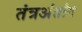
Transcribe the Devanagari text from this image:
तंत्रअंतांग